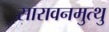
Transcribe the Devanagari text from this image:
सारावनमुत्थु